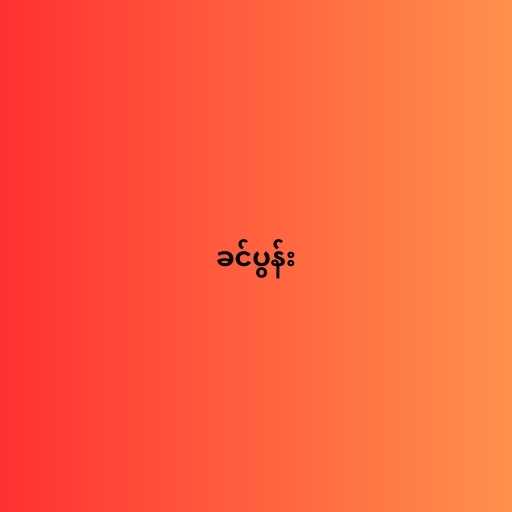
ခင်ပွန်း